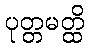
ပုတ္တမတ္ထိ